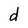
Character: d